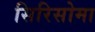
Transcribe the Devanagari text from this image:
सिरिसोमा